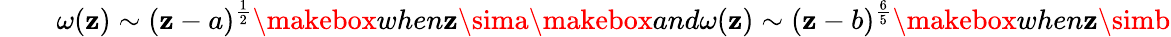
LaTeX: \qquad\omega(\mathbf{z})\sim(\mathbf{z}-a)^{\frac{{1}}{{2}}}\makebox{when}\mathbf{z}\sima\makebox{and}\omega(\mathbf{z})\sim(\mathbf{z}-b)^{\frac{{6}}{{5}}}\makebox{when}\mathbf{z}\simb